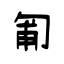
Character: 匍